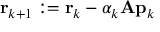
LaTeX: \mathbf { r } _ { k + 1 } : = \mathbf { r } _ { k } - \alpha _ { k } \mathbf { A p } _ { k }